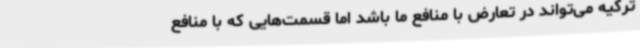
ترکیه می‌تواند در تعارض با منافع ما باشد اما قسمت‌هایی که با منافع